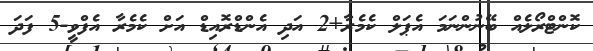
ކޮންޓްރޯލެއް ބޭނުންނަމަ އެޕަލް ކެމެރާ+2 އަދި އެންޑްރޮއިޑް އަށް ކެމެރާ އެފްވީ-5 ފަދަ